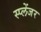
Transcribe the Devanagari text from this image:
स्प्लेंजर